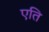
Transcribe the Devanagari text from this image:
एति